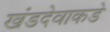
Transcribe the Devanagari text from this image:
खंडदेवाकडे